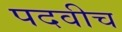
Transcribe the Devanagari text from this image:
पदवीच